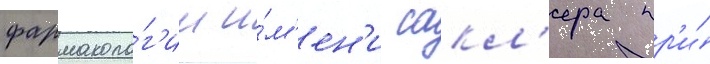
фармаколо́г'ии и́м'ен'и сакл'ера пр'и́